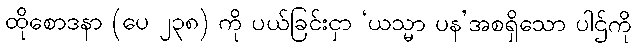
ထိုစောဒနာ (ပေ ၂၃၈) ကို ပယ်ခြင်းငှာ ‘ယသ္မာ ပန’အစရှိသော ပါဌ်ကို